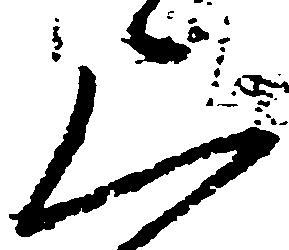
上